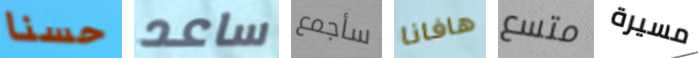
حسنا ساعد سأجمع هافانا متسع مسيرة